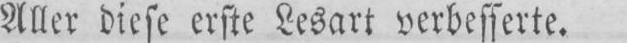
Aller diese erste Lesart verbesserte.